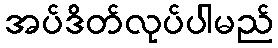
အပ်ဒိတ်လုပ်ပါမည်